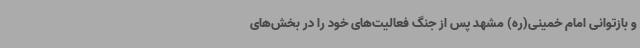
و بازتوانی امام خمینی(ره) مشهد پس از جنگ فعالیت‌های خود را در بخش‌های